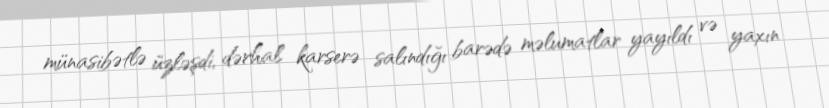
münasibətlə üzləşdi, dərhal karserə salındığı barədə məlumatlar yayıldı və yaxın